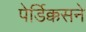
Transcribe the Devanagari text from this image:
पेर्डिक्कसने